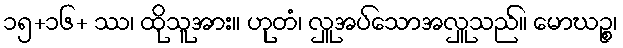
၁၅+၁၆+ ဿ၊ ထိုသူအား။ ဟုတံ၊ လှူအပ်သောအလှူသည်။ မောဃဉ္စ၊